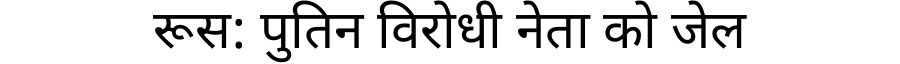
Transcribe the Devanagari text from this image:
रूस: पुतिन विरोधी नेता को जेल